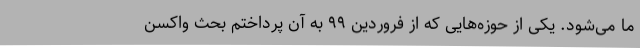
ما می‌شود. یکی از حوزه‌هایی که از فروردین ۹۹ به آن پرداختم بحث واکسن